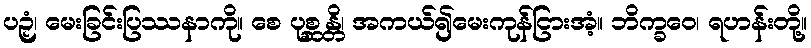
ပဉှံ၊ မေးခြင်းပြဿနာကို။ စေ ပုစ္ဆန္တိ၊ အကယ်၍မေးကုန်ငြားအံ့။ ဘိက္ခဝေ၊ ရဟန်းတို့။